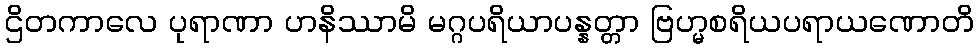
ဌိတကာလေ ပုရာဏာ ဟနိဿာမိ မဂ္ဂပရိယာပန္နတ္တာ ဗြဟ္မစရိယပရာယဏောတိ